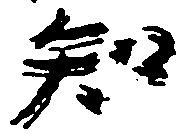
知